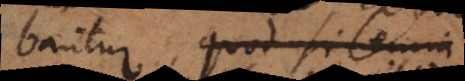
bantur, quodsi cemm